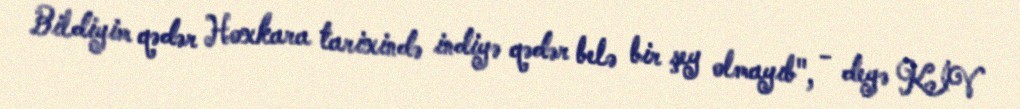
Bildiyim qədər Hoxkara tarixində indiyə qədər belə bir şey olmayıb", - deyə KİV